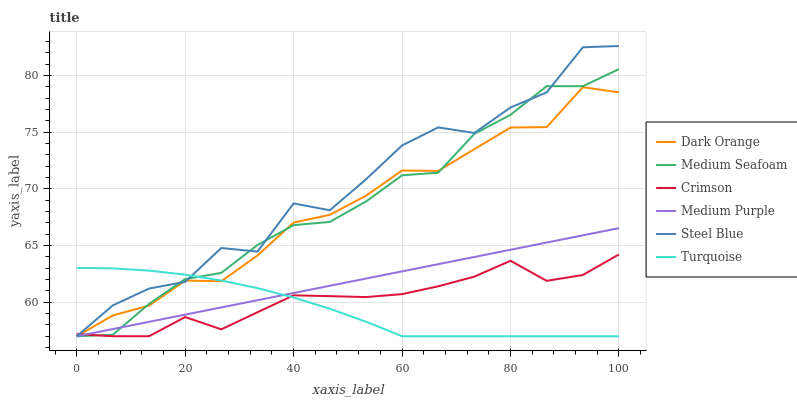
| xaxis_label | Dark Orange | Medium Seafoam | Crimson | Medium Purple | Steel Blue | Turquoise |
 | --- | --- | --- | --- | --- | --- | --- |
 | 0 | 57 | 57 | 57.2 | 57 | 57 | 63 |
 | 6.67 | 58.8 | 57.1 | 57 | 57.6 | 59.7 | 63 |
 | 13.3 | 59.7 | 59.9 | 57 | 58.3 | 61.2 | 62.8 |
 | 20 | 61.9 | 62 | 58.7 | 58.9 | 61.8 | 62.4 |
 | 26.7 | 61.9 | 62.6 | 57.6 | 59.5 | 64.8 | 61.9 |
 | 33.3 | 64.1 | 65 | 59.1 | 60.2 | 64.5 | 61.2 |
 | 40 | 67 | 66.8 | 60.6 | 60.8 | 68.7 | 60.4 |
 | 46.7 | 67.7 | 67.1 | 60.5 | 61.4 | 68.1 | 59.4 |
 | 53.3 | 69.4 | 68.9 | 60.5 | 62.1 | 70.8 | 58.3 |
 | 60 | 71.6 | 71.2 | 60.7 | 62.7 | 73.8 | 57 |
 | 66.7 | 71.6 | 71.4 | 61.4 | 63.4 | 75.4 | 57 |
 | 73.3 | 73.5 | 74.8 | 62.3 | 64 | 74.9 | 57 |
 | 80 | 75.4 | 76.5 | 63.7 | 64.6 | 77.2 | 57 |
 | 86.7 | 75.4 | 79.1 | 61.9 | 65.3 | 78.5 | 57 |
 | 93.3 | 79 | 79 | 62.4 | 65.9 | 82.5 | 57 |
 | 100 | 78.5 | 80.6 | 64.2 | 66.5 | 82.6 | 57 |